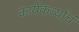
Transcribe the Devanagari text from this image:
कार्यकर्त्यांचं